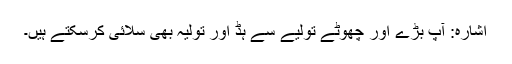
اشارہ: آپ بڑے اور چھوٹے تولیے سے ہڈ اور تولیہ بھی سلائی کرسکتے ہیں۔